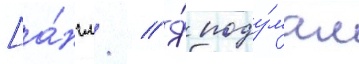
[а́нгл. // Я́ поду́мал